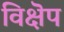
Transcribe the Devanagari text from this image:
विक्षॆप